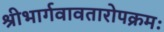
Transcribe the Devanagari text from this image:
श्रीभार्गवावतारोपक्रमः